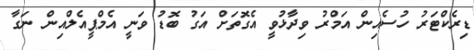
ޑިރެކްޓަރު ހުސެއިން އަމްރު ވިދާޅުވީ އެގޮތަށް އަގު ބޮޑު ވަނީ އެމްޕީއެލްއިން ނަގާ